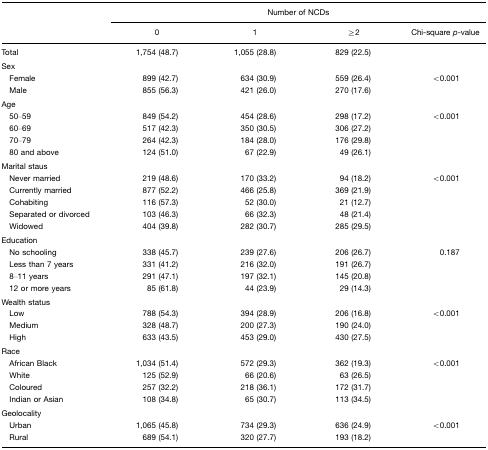
<table><thead><tr><td></td><td colspan="4"><b>Number of NCDs</b></td></tr><tr><td></td><td><b>0</b></td><td><b>1</b></td><td><b>≥2</b></td><td><b>Chi-square <i>p</i>-value</b></td></tr></thead><tbody><tr><td>Total</td><td>1,754 (48.7)</td><td>1,055 (28.8)</td><td>829 (22.5)</td><td></td></tr><tr><td colspan="5">Sex</td></tr><tr><td> Female</td><td>899 (42.7)</td><td>634 (30.9)</td><td>559 (26.4)</td><td>&lt;0.001</td></tr><tr><td> Male</td><td>855 (56.3)</td><td>421 (26.0)</td><td>270 (17.6)</td><td></td></tr><tr><td colspan="5">Age</td></tr><tr><td> 50–59</td><td>849 (54.2)</td><td>454 (28.6)</td><td>298 (17.2)</td><td>&lt;0.001</td></tr><tr><td> 60–69</td><td>517 (42.3)</td><td>350 (30.5)</td><td>306 (27.2)</td><td></td></tr><tr><td> 70–79</td><td>264 (42.3)</td><td>184 (28.0)</td><td>176 (29.8)</td><td></td></tr><tr><td> 80 and above</td><td>124 (51.0)</td><td>67 (22.9)</td><td>49 (26.1)</td><td></td></tr><tr><td colspan="5">Marital staus</td></tr><tr><td> Never married</td><td>219 (48.6)</td><td>170 (33.2)</td><td>94 (18.2)</td><td>&lt;0.001</td></tr><tr><td> Currently married</td><td>877 (52.2)</td><td>466 (25.8)</td><td>369 (21.9)</td><td></td></tr><tr><td> Cohabiting</td><td>116 (57.3)</td><td>52 (30.0)</td><td>21 (12.7)</td><td></td></tr><tr><td> Separated or divorced</td><td>103 (46.3)</td><td>66 (32.3)</td><td>48 (21.4)</td><td></td></tr><tr><td> Widowed</td><td>404 (39.8)</td><td>282 (30.7)</td><td>285 (29.5)</td><td></td></tr><tr><td colspan="5">Education</td></tr><tr><td> No schooling</td><td>338 (45.7)</td><td>239 (27.6)</td><td>206 (26.7)</td><td>0.187</td></tr><tr><td> Less than 7 years</td><td>331 (41.2)</td><td>216 (32.0)</td><td>191 (26.7)</td><td></td></tr><tr><td> 8–11 years</td><td>291 (47.1)</td><td>197 (32.1)</td><td>145 (20.8)</td><td></td></tr><tr><td> 12 or more years</td><td>85 (61.8)</td><td>44 (23.9)</td><td>29 (14.3)</td><td></td></tr><tr><td colspan="5">Wealth status</td></tr><tr><td> Low</td><td>788 (54.3)</td><td>394 (28.9)</td><td>206 (16.8)</td><td>&lt;0.001</td></tr><tr><td> Medium</td><td>328 (48.7)</td><td>200 (27.3)</td><td>190 (24.0)</td><td></td></tr><tr><td> High</td><td>633 (43.5)</td><td>453 (29.0)</td><td>430 (27.5)</td><td></td></tr><tr><td colspan="5">Race</td></tr><tr><td> African Black</td><td>1,034 (51.4)</td><td>572 (29.3)</td><td>362 (19.3)</td><td>&lt;0.001</td></tr><tr><td> White</td><td>125 (52.9)</td><td>66 (20.6)</td><td>63 (26.5)</td><td></td></tr><tr><td> Coloured</td><td>257 (32.2)</td><td>218 (36.1)</td><td>172 (31.7)</td><td></td></tr><tr><td> Indian or Asian</td><td>108 (34.8)</td><td>65 (30.7)</td><td>113 (34.5)</td><td></td></tr><tr><td colspan="5">Geolocality</td></tr><tr><td> Urban</td><td>1,065 (45.8)</td><td>734 (29.3)</td><td>636 (24.9)</td><td>&lt;0.001</td></tr><tr><td> Rural</td><td>689 (54.1)</td><td>320 (27.7)</td><td>193 (18.2)</td><td></td></tr></tbody></table>